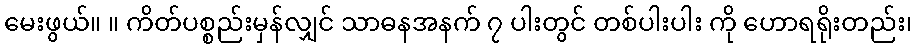
မေးဖွယ်။ ။ ကိတ်ပစ္စည်းမှန်လျှင် သာဓနအနက် ၇ ပါးတွင် တစ်ပါးပါး ကို ဟောရရိုးတည်း၊